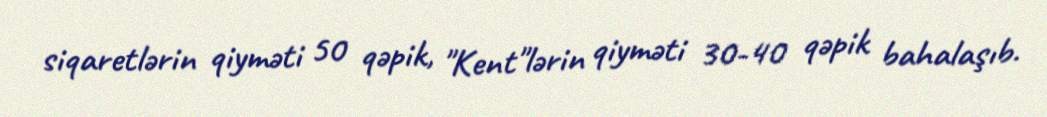
siqaretlərin qiyməti 50 qəpik, "Kent"lərin qiyməti 30-40 qəpik bahalaşıb.